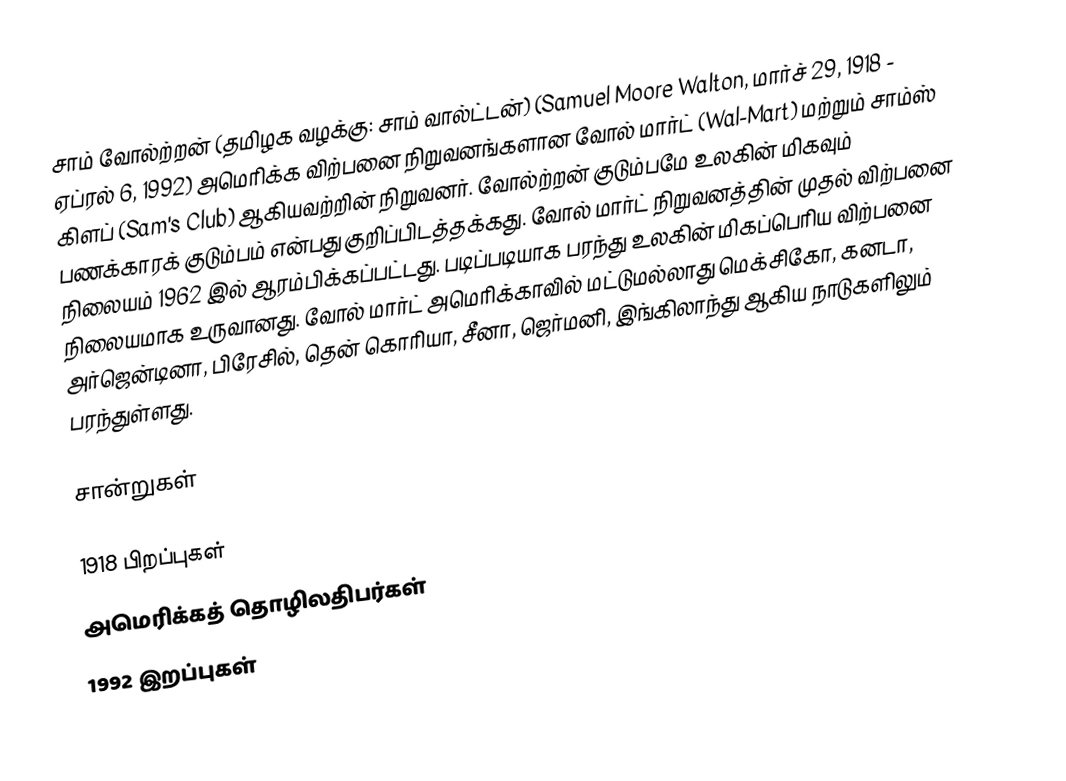
சாம் வோல்ற்றன் (தமிழக வழக்கு: சாம் வால்ட்டன்) (Samuel Moore Walton, மார்ச் 29, 1918 - ஏப்ரல் 6, 1992) அமெரிக்க விற்பனை நிறுவனங்களான வோல் மார்ட் (Wal-Mart) மற்றும் சாம்ஸ் கிளப் (Sam's Club) ஆகியவற்றின் நிறுவனர். வோல்ற்றன் குடும்பமே உலகின் மிகவும் பணக்காரக் குடும்பம் என்பது குறிப்பிடத்தக்கது. வோல் மார்ட் நிறுவனத்தின் முதல் விற்பனை நிலையம் 1962 இல் ஆரம்பிக்கப்பட்டது. படிப்படியாக பரந்து உலகின் மிகப்பெரிய விற்பனை நிலையமாக உருவானது. வோல் மார்ட் அமெரிக்காவில் மட்டுமல்லாது  மெக்சிகோ, கனடா, அர்ஜென்டினா, பிரேசில், தென் கொரியா, சீனா, ஜெர்மனி, இங்கிலாந்து ஆகிய நாடுகளிலும் பரந்துள்ளது.

சான்றுகள்

1918 பிறப்புகள்
அமெரிக்கத் தொழிலதிபர்கள்
1992 இறப்புகள்